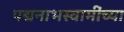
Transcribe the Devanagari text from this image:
पद्मनाभस्वामींच्या